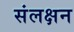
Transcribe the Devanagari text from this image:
संलक्षन